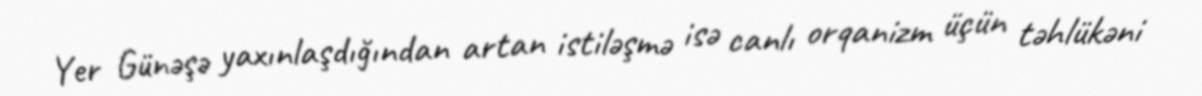
Yer Günəşə yaxınlaşdığından artan istiləşmə isə canlı orqanizm üçün təhlükəni